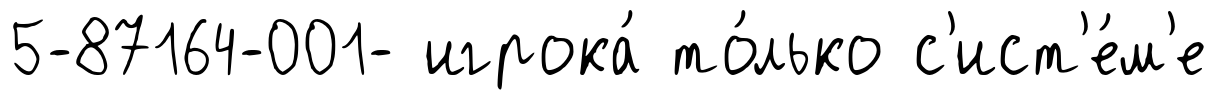
5-87164-001- игрока́ то́лько с'ист'е́м'е